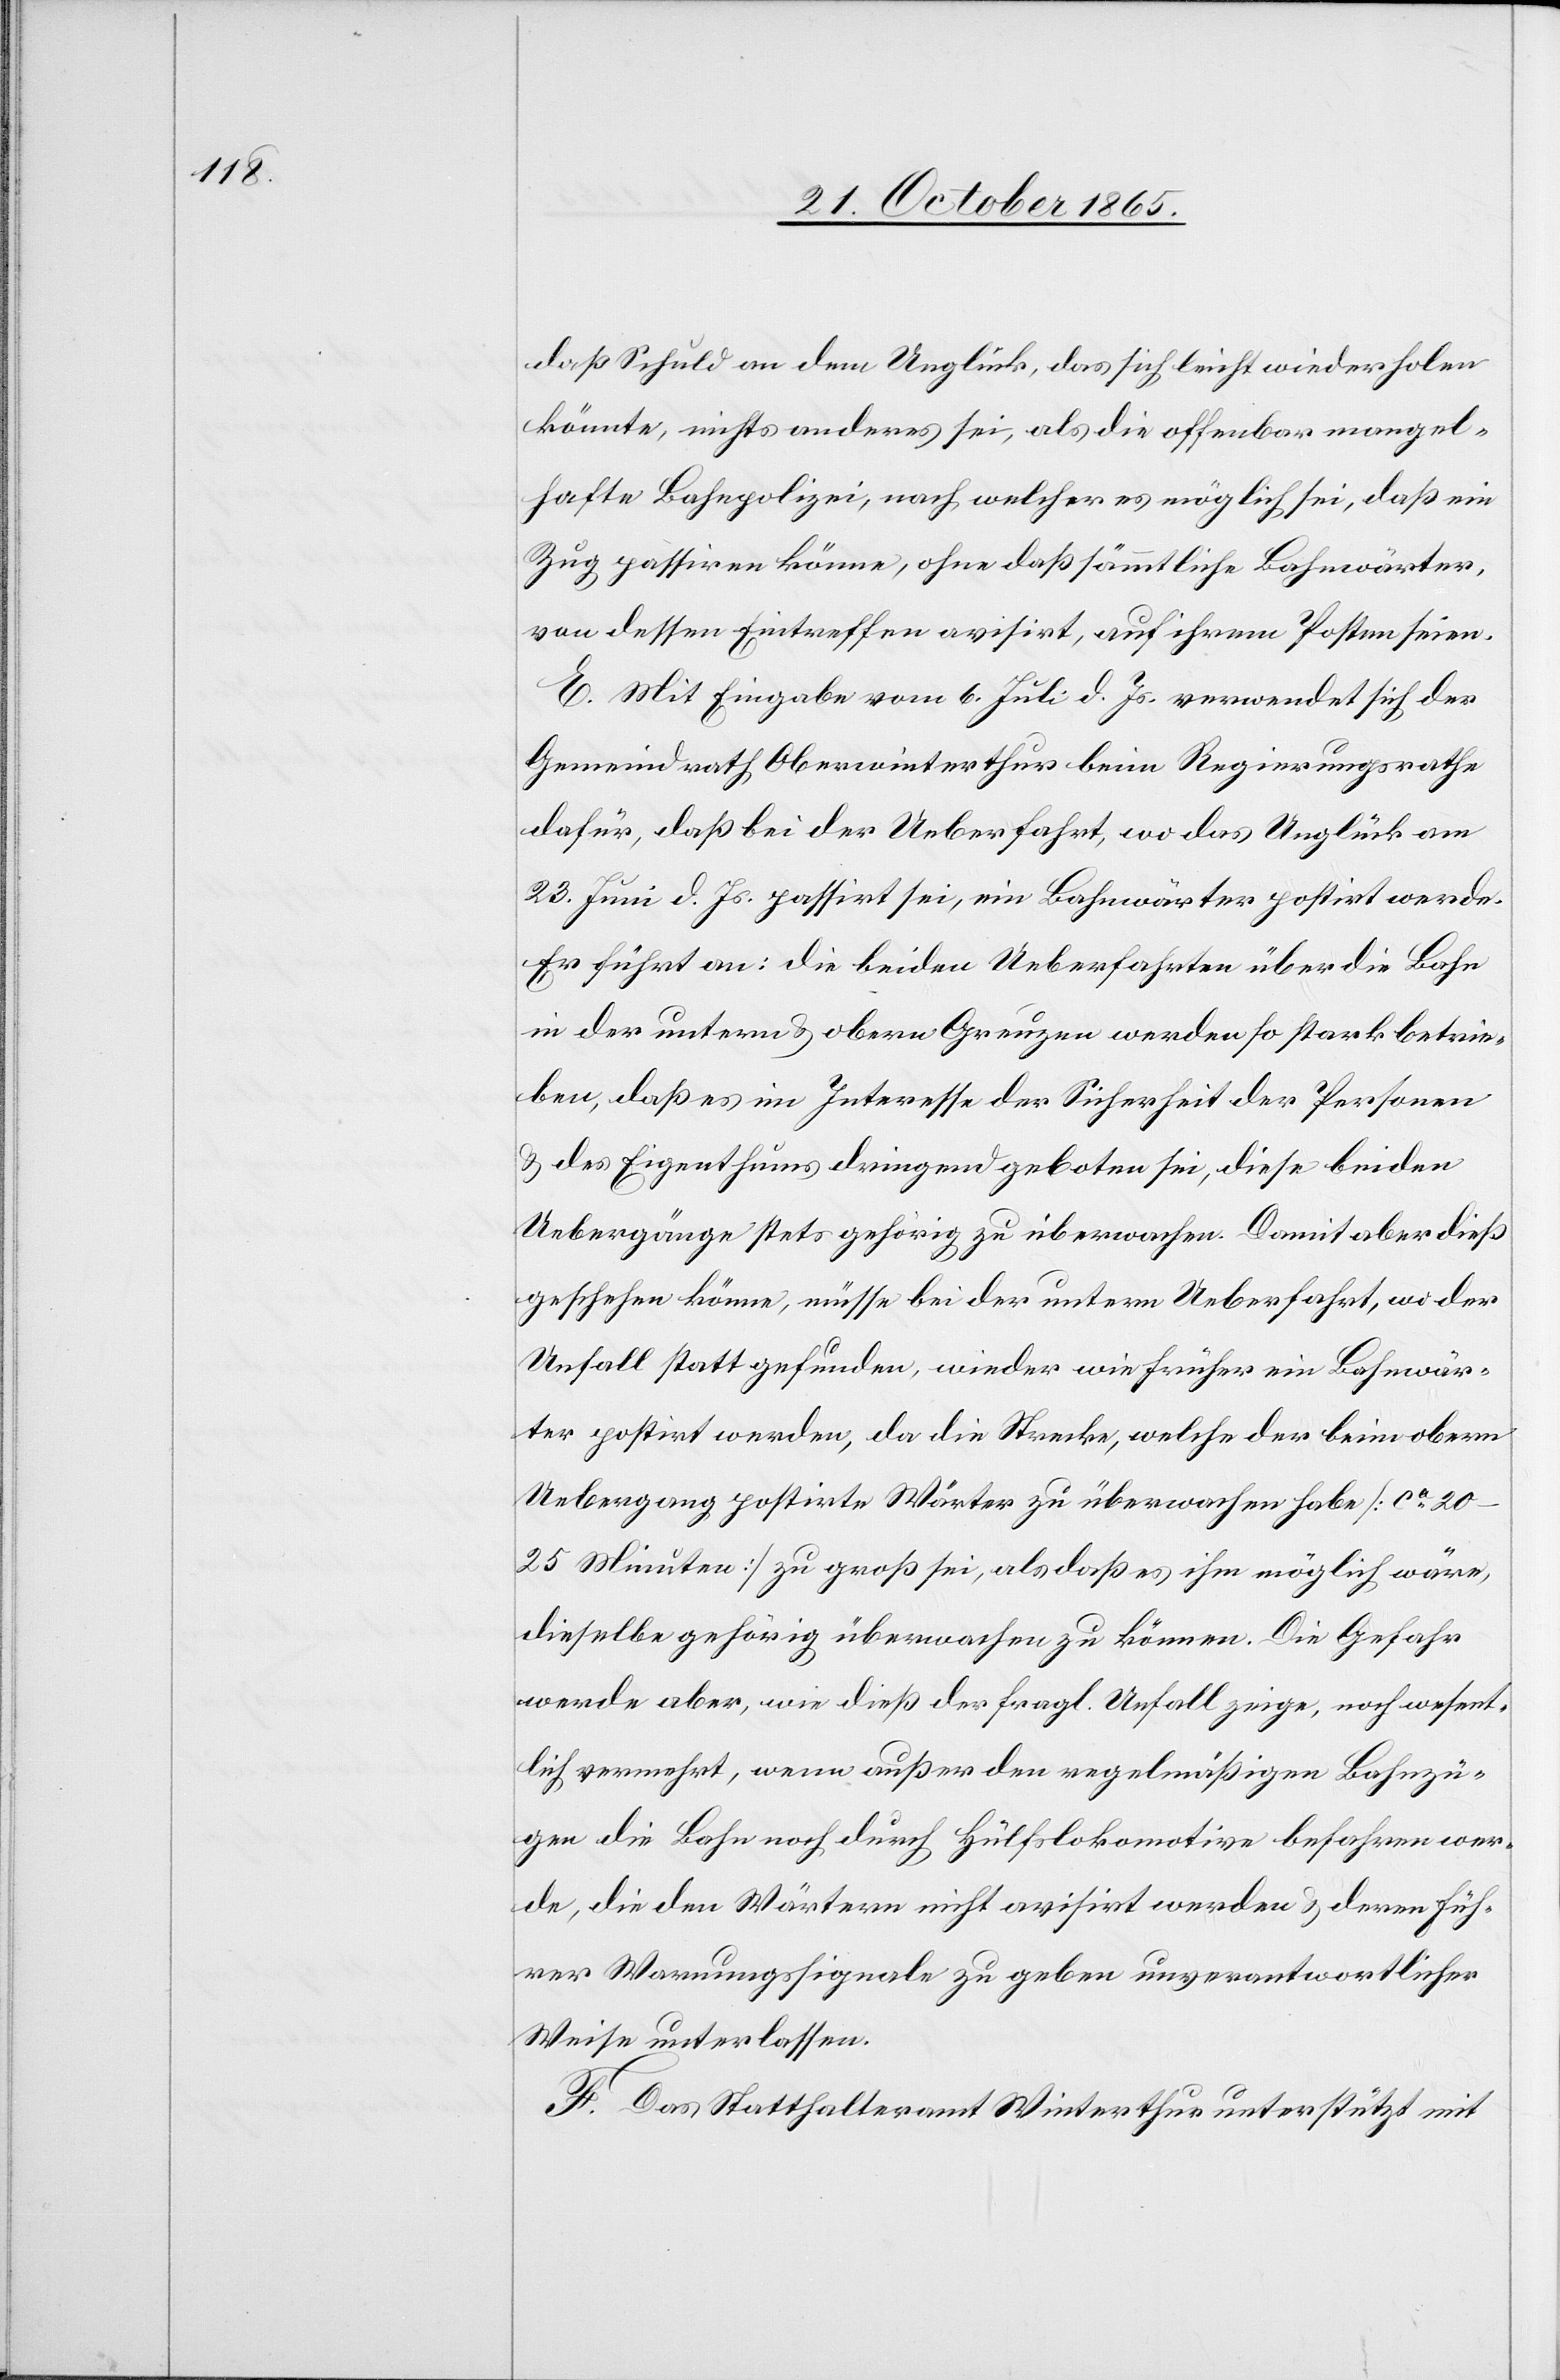
daß Schuld an dem Unglück, das sich leicht wiederholen
könnte, nichts anderes sei, als die offenbar mangel¬
hafte Bahnpolizei, nach welcher es möglich sei, daß ein
Zug passiren könne, ohne daß sämmtliche Bahnwärter,
von dessen Eintreffen avisirt, auf ihrem Posten seien.
E. Mit Eingabe vom 6. Juli d. Js. verwendet sich der
Gemeindrath Oberwinterthur beim Regierungsrathe
dafür, daß bei der Ueberfahrt, wo das Unglück am
23. Juni d. Js. passirt sei, ein Bahnwärter postirt werde.
Er führt an: Die beiden Ueberfahrten über die Bahn
in der untern & obern Greuzen werden so stark betrie¬
ben, daß es im Interesse der Sicherheit der Personen
& des Eigenthums dringend geboten sei, diese beiden
Uebergänge stets gehörig zu überwachen. Damit aber dieß
geschehen könne, müsse bei der untern Ueberfahrt, wo der
Unfall stattgefunden, wieder wie früher ein Bahnwär¬
ter postirt werden, da die Strecke, welche der beim obern
Uebergang postirte Wärter zu überwachen habe [ca 20–25
Minuten] zu groß sei, als daß es ihm möglich wäre,
dieselbe gehörig überwachen zu können. Die Gefahr
werde aber, wie dieß der fragl. Unfall zeige, noch wesent¬
lich vermehrt, wenn außer den regelmäßigen Bahnzü¬
gen die Bahn noch durch Hülfslokomotive befahren wer¬
de, die den Wärtern nicht avisirt werden & deren Füh¬
rer Warnungssignale zu geben unverantwortlicher
Weise unterlassen.
F. Das Statthalteramt Winterthur unterstützt mit